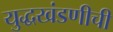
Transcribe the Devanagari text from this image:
युद्धखंडणीची